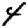
Digit: 4